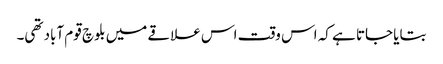
بتایا جاتا ہے کہ اس وقت اس علاقے میں بلوچ قوم آباد تھی۔